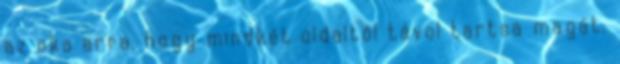
az oka arra, hogy mindkét oldaltól távol tartsa magát.